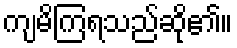
ကျမိကြရသည်ဆို၏။